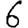
Digit: 6